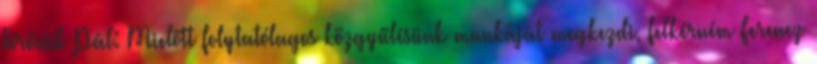
Törőcsik Pál: Mielőtt folytatólagos közgyűlésünk munkáját megkezdi, felkérném Ferencz